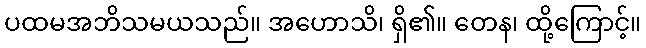
ပထမအဘိသမယသည်။ အဟောသိ၊ ရှိ၏။ တေန၊ ထို့ကြောင့်။